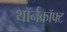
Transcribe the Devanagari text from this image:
थॉर्नक्रॉफ्ट